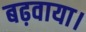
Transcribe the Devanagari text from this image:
बढ़वाया।